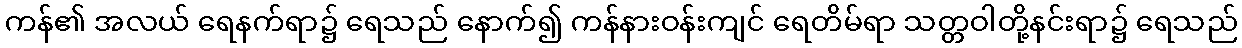
ကန်၏ အလယ် ရေနက်ရာ၌ ရေသည် နောက်၍ ကန်နားဝန်းကျင် ရေတိမ်ရာ သတ္တဝါတို့နင်းရာ၌ ရေသည်